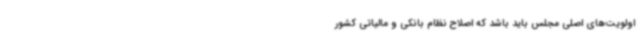
اولویت‌های اصلی مجلس باید باشد که اصلاح نظام بانکی و مالیاتی کشور